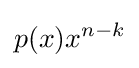
p(x)x^{n-k}